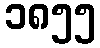
၁၈၅၅